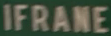
IFRANE